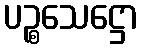
ပဉ္စသေဋ္ဌော